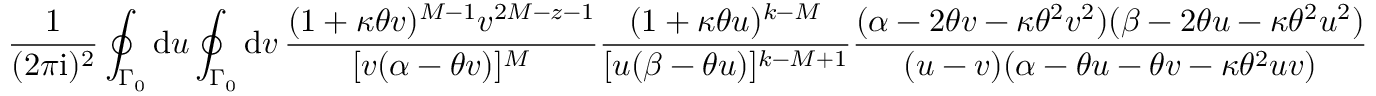
\frac { 1 } { ( 2 \pi \mathrm { i } ) ^ { 2 } } \oint _ { \Gamma _ { 0 } } \mathrm { d } u \oint _ { \Gamma _ { 0 } } \mathrm { d } v \, \frac { ( 1 + \kappa \theta v ) ^ { M - 1 } v ^ { 2 M - z - 1 } } { [ v ( \alpha - \theta v ) ] ^ { M } } \frac { ( 1 + \kappa \theta u ) ^ { k - M } } { [ u ( \beta - \theta u ) ] ^ { k - M + 1 } } \frac { ( \alpha - 2 \theta v - \kappa \theta ^ { 2 } v ^ { 2 } ) ( \beta - 2 \theta u - \kappa \theta ^ { 2 } u ^ { 2 } ) } { ( u - v ) ( \alpha - \theta u - \theta v - \kappa \theta ^ { 2 } u v ) }